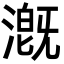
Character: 漑